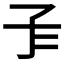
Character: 𡤾